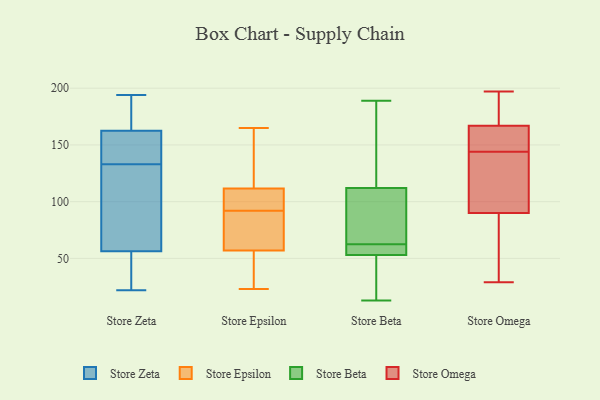
{"axis": {"x": "Gross Profit (USD K)", "y": "Value"}, "legend": ["Store Beta", "Store Epsilon", "Store Omega", "Store Zeta"], "data": [{"x": "", "y": 170, "type": "Store Zeta"}, {"x": "", "y": 194, "type": "Store Zeta"}, {"x": "", "y": 178, "type": "Store Zeta"}, {"x": "", "y": 59, "type": "Store Zeta"}, {"x": "", "y": 22, "type": "Store Zeta"}, {"x": "", "y": 160, "type": "Store Zeta"}, {"x": "", "y": 27, "type": "Store Zeta"}, {"x": "", "y": 138, "type": "Store Zeta"}, {"x": "", "y": 99, "type": "Store Zeta"}, {"x": "", "y": 59, "type": "Store Zeta"}, {"x": "", "y": 48, "type": "Store Zeta"}, {"x": "", "y": 133, "type": "Store Zeta"}, {"x": "", "y": 143, "type": "Store Zeta"}, {"x": "", "y": 66, "type": "Store Epsilon"}, {"x": "", "y": 115, "type": "Store Epsilon"}, {"x": "", "y": 108, "type": "Store Epsilon"}, {"x": "", "y": 71, "type": "Store Epsilon"}, {"x": "", "y": 48, "type": "Store Epsilon"}, {"x": "", "y": 165, "type": "Store Epsilon"}, {"x": "", "y": 93, "type": "Store Epsilon"}, {"x": "", "y": 23, "type": "Store Epsilon"}, {"x": "", "y": 34, "type": "Store Epsilon"}, {"x": "", "y": 100, "type": "Store Epsilon"}, {"x": "", "y": 147, "type": "Store Epsilon"}, {"x": "", "y": 91, "type": "Store Epsilon"}, {"x": "", "y": 105, "type": "Store Beta"}, {"x": "", "y": 182, "type": "Store Beta"}, {"x": "", "y": 189, "type": "Store Beta"}, {"x": "", "y": 65, "type": "Store Beta"}, {"x": "", "y": 44, "type": "Store Beta"}, {"x": "", "y": 67, "type": "Store Beta"}, {"x": "", "y": 49, "type": "Store Beta"}, {"x": "", "y": 60, "type": "Store Beta"}, {"x": "", "y": 127, "type": "Store Beta"}, {"x": "", "y": 60, "type": "Store Beta"}, {"x": "", "y": 13, "type": "Store Beta"}, {"x": "", "y": 53, "type": "Store Beta"}, {"x": "", "y": 56, "type": "Store Beta"}, {"x": "", "y": 112, "type": "Store Beta"}, {"x": "", "y": 35, "type": "Store Omega"}, {"x": "", "y": 173, "type": "Store Omega"}, {"x": "", "y": 143, "type": "Store Omega"}, {"x": "", "y": 197, "type": "Store Omega"}, {"x": "", "y": 152, "type": "Store Omega"}, {"x": "", "y": 107, "type": "Store Omega"}, {"x": "", "y": 105, "type": "Store Omega"}, {"x": "", "y": 160, "type": "Store Omega"}, {"x": "", "y": 197, "type": "Store Omega"}, {"x": "", "y": 29, "type": "Store Omega"}, {"x": "", "y": 75, "type": "Store Omega"}, {"x": "", "y": 69, "type": "Store Omega"}, {"x": "", "y": 109, "type": "Store Omega"}, {"x": "", "y": 145, "type": "Store Omega"}, {"x": "", "y": 181, "type": "Store Omega"}, {"x": "", "y": 161, "type": "Store Omega"}]}